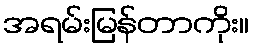
အရမ်းမြန်တာကိုး။